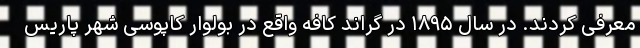
معرفی کردند. در سال ۱۸۹۵ در گراند کافه واقع در بولوار کاپوسی شهر پاریس